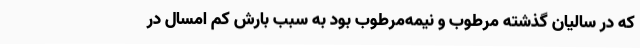
که در سالیان گذشته مرطوب و نیمه‌مرطوب بود به سبب بارش کم امسال در